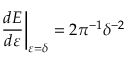
\left. \frac { d { E } } { d { \varepsilon } } \right| _ { \varepsilon = \delta } = 2 \pi ^ { - 1 } \delta ^ { - 2 }